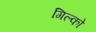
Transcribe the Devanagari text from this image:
गिल्को